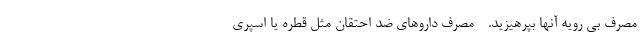
مصرف بی رویه آنها بپرهیزید. - مصرف داروهای ضد احتقان مثل قطره یا اسپری